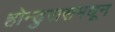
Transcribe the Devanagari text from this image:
होन्डुरासमधून